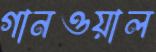
গানওয়াল